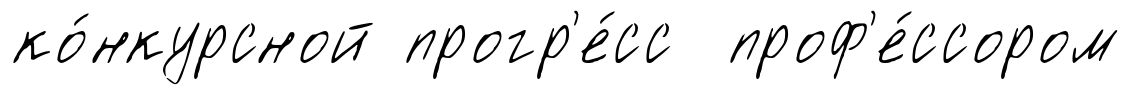
ко́нкурсной прогр'е́сс проф'е́ссором